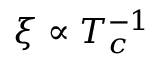
\xi \propto T _ { c } ^ { - 1 }